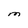
Character: M